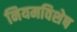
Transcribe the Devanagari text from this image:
नियमविशेष